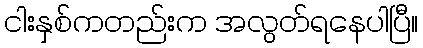
ငါးနှစ်ကတည်းက အလွတ်ရနေပါပြီ။